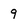
Character: 9